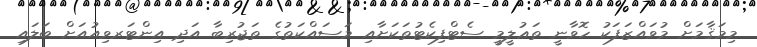
މިމަޤާމަށް މުވައްޒަފަކު ހޮވާނީ ތަޢުލީމީ ސެޓްފިކެޓުތަކަށާއި މަސައްކަތުގެ ތަޖުރިބާ އަދި އިންޓަރވިއުއަށް ބަލައި